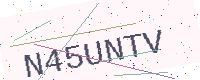
Text: N45UNTV